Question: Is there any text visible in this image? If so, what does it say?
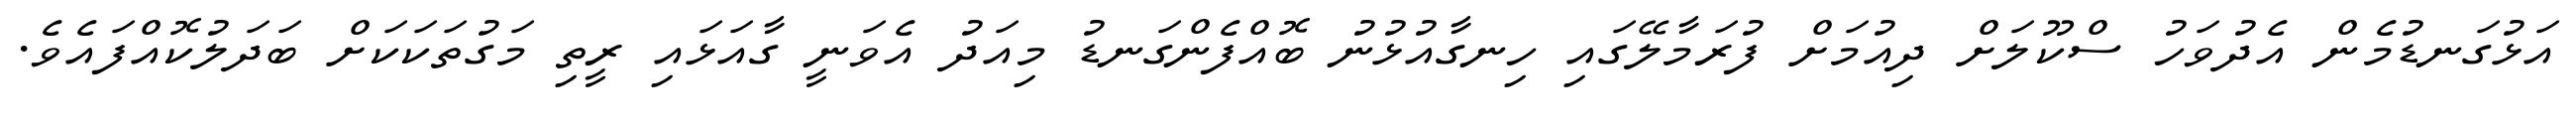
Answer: އަޅުގަނޑުމެން އެދުވަހު ސްކޫލަށް ދިއުމަށް ފުރަމާލޭގައި ހިނގާއުޅުނު ބޮއްފެންގަނޑު މިއަދު އެވަނީ ގާއަޅައި ރީތި މަގުތަކަކަށް ބަދަލުކޮއްފައެވެ.